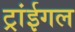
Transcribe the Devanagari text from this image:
ट्रांईगल